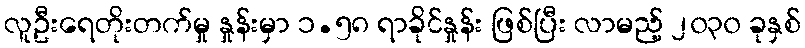
လူဦးရေတိုးတက်မှု နှုန်းမှာ ၁.၅၈ ရာခိုင်နှုန်း ဖြစ်ပြီး လာမည့် ၂၀၃၀ ခုနှစ်